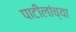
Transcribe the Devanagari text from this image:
पाटीलांच्या